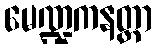
မေဏ္ဍကနတ္တာ